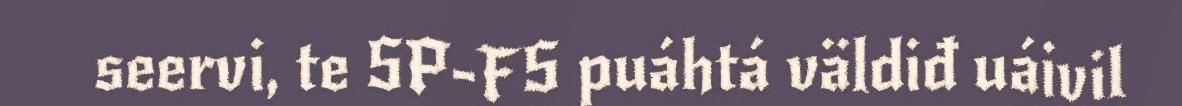
seervi, te SP-FS puáhtá väldiđ uáivil